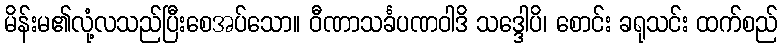
မိန်းမ၏လုံ့လသည်ပြီးစေအပ်သော။ ဝီဏာသင်္ခပဏဝါဒိ သဒ္ဒေါပိ၊ စောင်း ခရုသင်း ထက်စည်